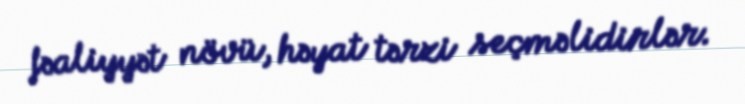
fəaliyyət növü, həyat tərzi seçməlidirlər.